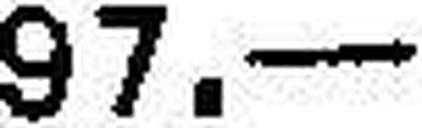
97.—